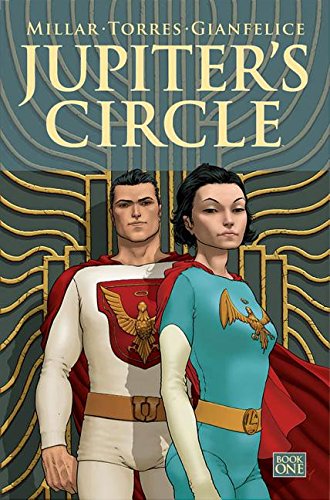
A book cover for Jupiter's Circle Volume 1 (Jupiters Circle Tp); Mark Millar; Comics & Graphic Novels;